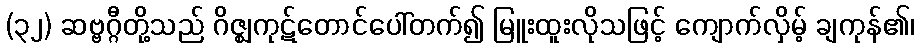
(၃၂) ဆဗ္ဗဂ္ဂီတို့သည် ဂိဇ္ဈကုဋ်တောင်ပေါ်တက်၍ မြူးထူးလိုသဖြင့် ကျောက်လှိမ့် ချကုန်၏၊